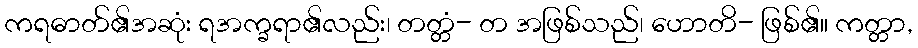
ကရဓာတ်၏အဆုံး ရအက္ခရာ၏လည်း၊ တတ္တံ- တ အဖြစ်သည်၊ ဟောတိ- ဖြစ်၏။ ကတ္တာ,